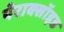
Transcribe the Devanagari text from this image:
पेराक्सॉइड